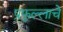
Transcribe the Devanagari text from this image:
प्रफुल्लाचे